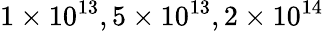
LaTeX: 1\times 10^{13},5\times 10^{13},2\times 10^{14}